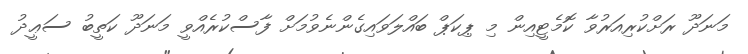
މަނަދޫ ރަށްކުރިއަރުވާ ކޮމެޓީއިން މި ޕިކަޕް ބައްލަވައިގެންނެވުމަށް ފާސްކުރެއްވީ މަނަދޫ ކަތީބު ސަޢީދު